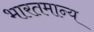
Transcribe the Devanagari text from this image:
भारतमान्य